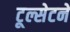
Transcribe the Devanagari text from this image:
टूल्सेटने